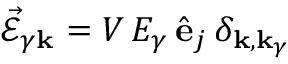
\vec { \mathcal { E } } _ { \gamma { \bf k } } = V \, E _ { \gamma } \, \hat { \bf e } _ { j } \, \delta _ { { \bf k } , { \bf k } _ { \gamma } }